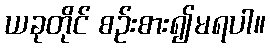
ယခုတိုင် စဉ်းစား၍မရပါ။